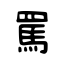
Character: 罵